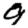
Digit: 9